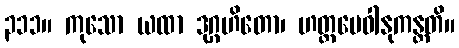
၃၁၁။ ကုသော ယထာ ဒုဂ္ဂဟိတော၊ ဟတ္ထမေဝါနုကန္တတိ။